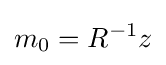
m_{0}=R^{-1}z